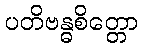
ပတိဗန္ဓစိတ္တော